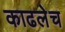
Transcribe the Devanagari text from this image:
काढलेच